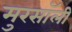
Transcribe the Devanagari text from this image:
मुरसॉली